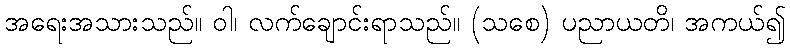
အရေးအသားသည်။ ဝါ၊ လက်ချောင်းရာသည်။ (သစေ) ပညာယတိ၊ အကယ်၍